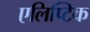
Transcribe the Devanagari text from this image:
एलिप्टिक